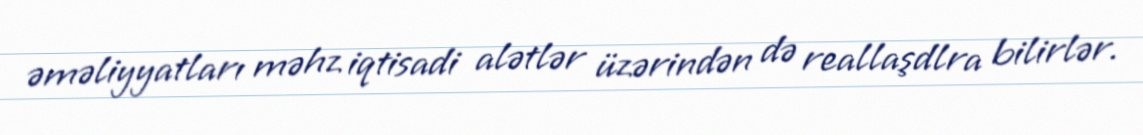
əməliyyatları məhz iqtisadi alətlər üzərindən də reallaşdlra bilirlər.